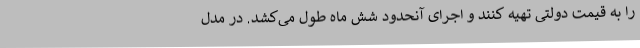
را به قیمت دولتی تهیه کنند و اجرای آنحدود شش ماه طول می‌کشد. در مدل